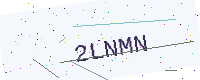
Text: 2LNMN